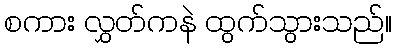
စကား လွှတ်ကနဲ ထွက်သွားသည်။